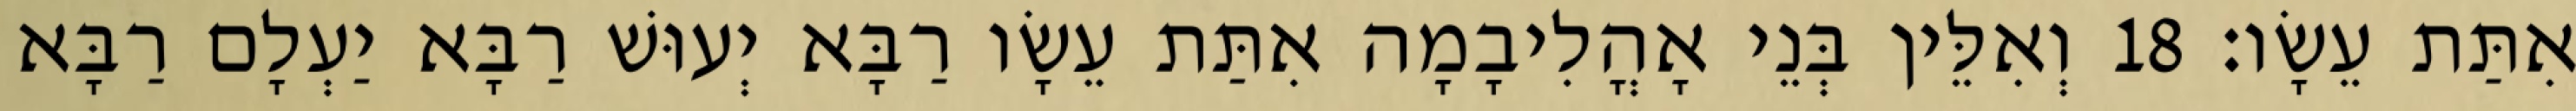
אִתַּת עֵשָׂו׃ 18 וְאִלֵּין בְּנֵי אָהֳלִיבָמָה אִתַּת עֵשָׂו רַבָּא יְעוּשׁ רַבָּא יַעְלָם רַבָּא